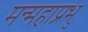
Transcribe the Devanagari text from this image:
मन्महाप्रभु